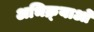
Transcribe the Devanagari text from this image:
अभिक्र्याओं